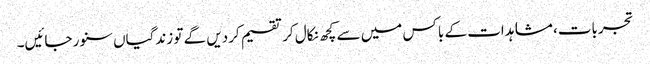
تجربات، مشاہدات کے باکس میں سے کچھ نکال کر تقسیم کردیں گے تو زندگیاں سنور جائیں۔